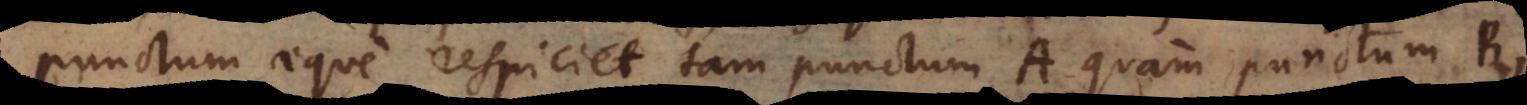
punctum aeque respiciet tam punctum A quam punctum B,